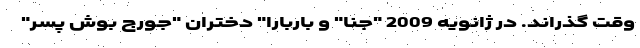
وقت گذراند. در ژانویه 2009 "جنا" و باربارا" دختران "جورج بوش پسر"